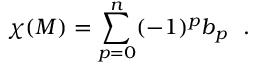
\chi ( M ) = \sum _ { p = 0 } ^ { n } ( - 1 ) ^ { p } b _ { p } \ \ .